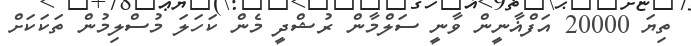
ތިޔަ 20000 އަފްޣާނީން ވާނީ ސަލްމާން ރުޝްދީ މެން ކަހަލަ މުސްލިމުން ތަކަކަށް